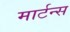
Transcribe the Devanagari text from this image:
मार्टन्स